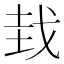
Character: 𫻮